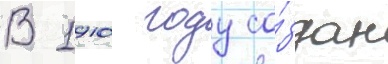
В 1910 году со́здан